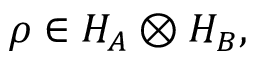
\rho \in H _ { A } \otimes H _ { B } ,